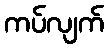
ကပ်လျက်